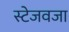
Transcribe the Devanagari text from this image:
स्टेजवजा